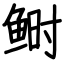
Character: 鲥